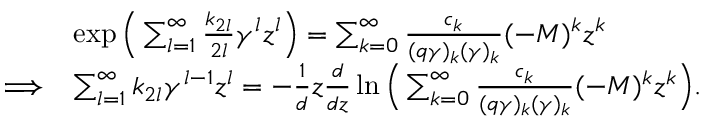
\begin{array} { r l } & { \exp \Big ( \sum _ { l = 1 } ^ { \infty } \frac { k _ { 2 l } } { 2 l } \gamma ^ { l } z ^ { l } \Big ) = \sum _ { k = 0 } ^ { \infty } \frac { c _ { k } } { ( q \gamma ) _ { k } ( \gamma ) _ { k } } ( - M ) ^ { k } z ^ { k } } \\ { \Longrightarrow } & { \sum _ { l = 1 } ^ { \infty } k _ { 2 l } \gamma ^ { l - 1 } z ^ { l } = - \frac { 1 } { d } z \frac { d } { d z } \ln \Big ( \sum _ { k = 0 } ^ { \infty } \frac { c _ { k } } { ( q \gamma ) _ { k } ( \gamma ) _ { k } } ( - M ) ^ { k } z ^ { k } \Big ) . } \end{array}